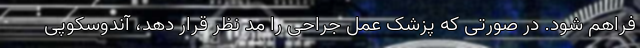
فراهم شود. در صورتی که پزشک عمل جراحی را مد نظر قرار دهد، آندوسکوپی